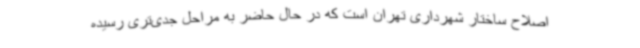
اصلاح ساختار شهرداری تهران است که در حال حاضر به مراحل جدی‌تری رسیده